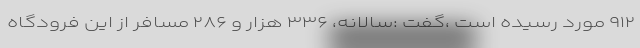
۹۱۲ مورد رسیده است ،گفت :سالانه، ۳۳۶ هزار و ۲۸۶ مسافر از این فرودگاه